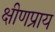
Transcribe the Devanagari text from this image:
क्षीणप्राय